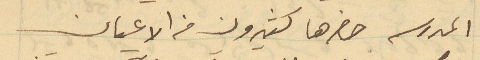
المدرسه حضرها كثيرون من الاعيان